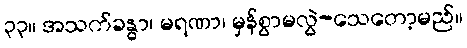
၃၃။ အသက်ခန္ဓာ၊ မရဏာ၊ မှန်စွာမလွဲ-သေတော့မည်။